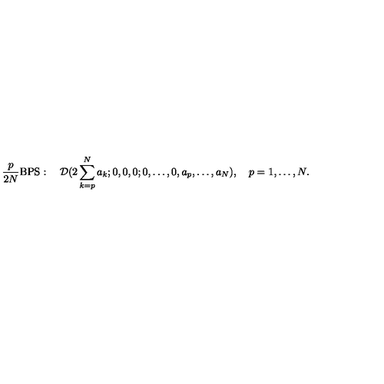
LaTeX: { \frac { p } { 2 N } } \mathrm { B P S } : \quad { \cal D } ( 2 \sum _ { k = p } ^ { N } a _ { k } ; 0 , 0 , 0 ; 0 , \ldots , 0 , a _ { p } , \ldots , a _ { N } ) , \quad p = 1 , \ldots , N .